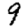
Digit: 9